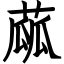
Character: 蓏